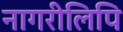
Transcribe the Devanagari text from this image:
नागरीलिपि